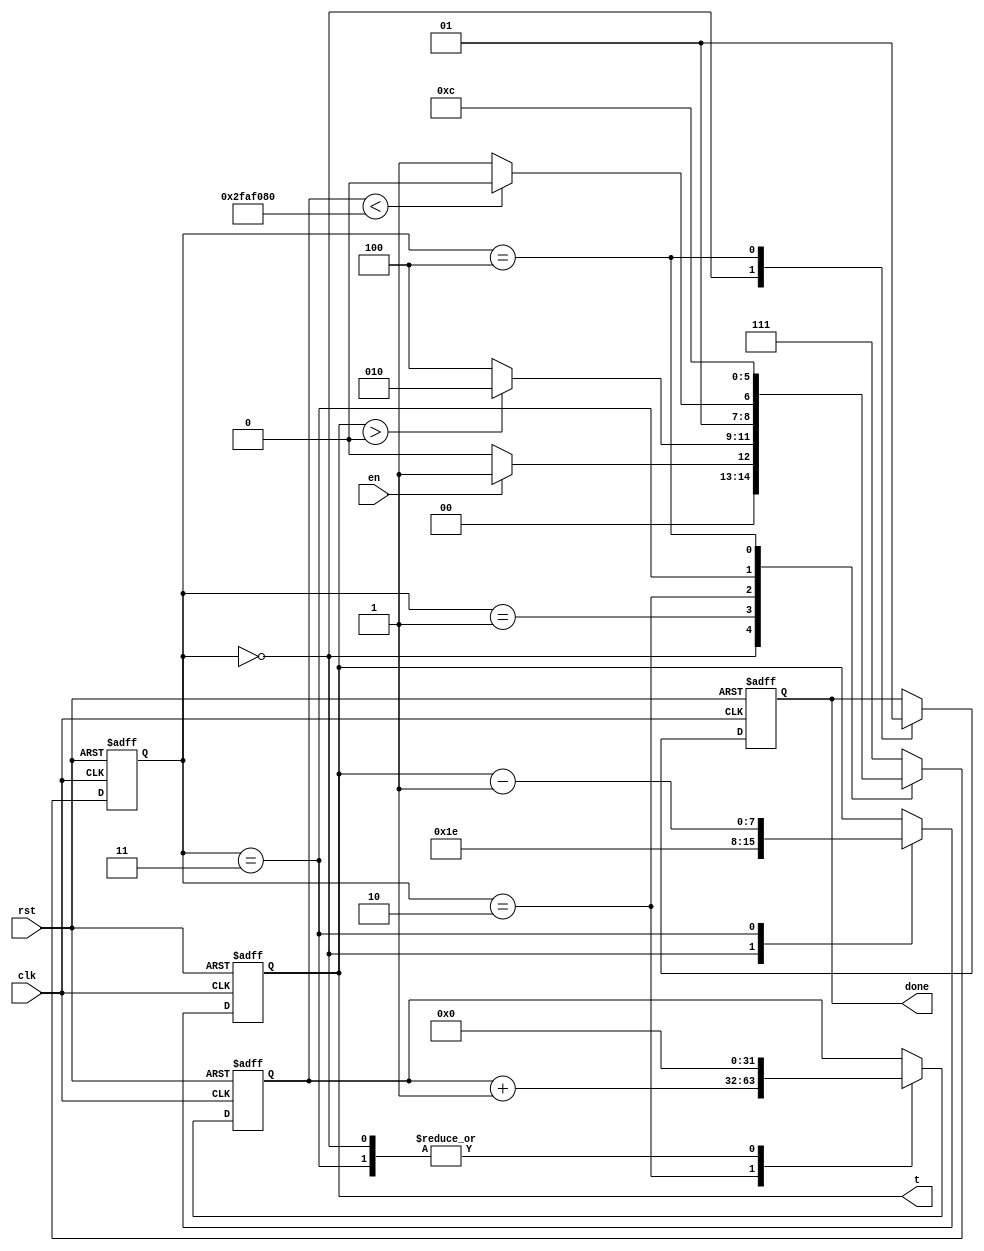
module timer2(input clk, rst, en, output reg done, output reg [7:0]t);
reg [31:0]tim;

reg [2:0]S; reg [2:0]NS;
parameter start = 3'd0,
			check = 3'd1,
			timer = 3'd2,
			inc = 3'd3,
			exit = 3'd4,
			error = 3'hF;
			
			

always @(posedge clk or negedge rst) begin

	if (rst == 1'b0) begin
		S<= start;
		
		
	end else begin
		S <=NS;
	end

end
always @(*) begin
	case (S)
		start: begin if (en == 1'b0) NS <= start;
		else NS <= check; end
		check: if (t > 8'd0) NS <= timer;
				else NS <= exit;
				
		timer: if (tim < 32'd50000000) NS<= timer;
				else NS <= inc;
		inc: NS <= check;
		exit: NS <= exit;
		default: NS <= error;
	endcase

end
always @(posedge clk or negedge rst) begin

if (rst == 1'b0) begin
	t = 8'd30;
			tim = 32'd0; 
			done = 0;
end else begin
	case (S) 
		start: begin
			t = 8'd30;
			tim = 32'd0; 
			done = 0; end
			
		timer: tim = tim + 32'd1;
		inc: begin
			t = t - 8'd1;
			tim = 32'd0; end
		exit: done = 1;
	endcase
	end

end




endmodule